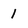
Character: 1